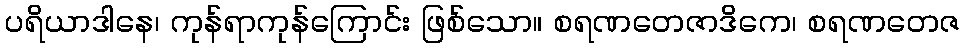
ပရိယာဒါနေ၊ ကုန်ရာကုန်ကြောင်း ဖြစ်သော။ စရဏတေဇာဒိကေ၊ စရဏတေဇ